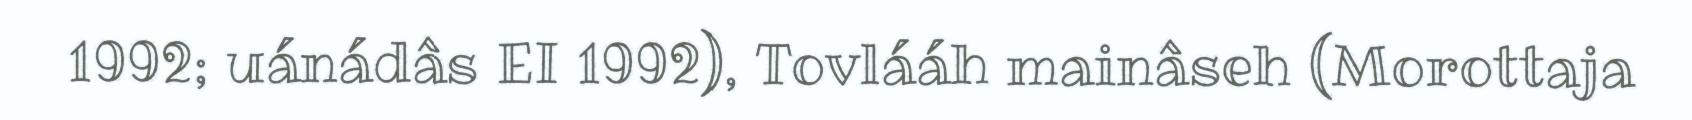
1992; uánádâs EI 1992), Tovlááh mainâseh (Morottaja